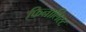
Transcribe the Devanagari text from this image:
फिनालिस्ट